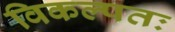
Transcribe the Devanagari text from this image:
विकल्पतः